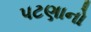
પટણાનો